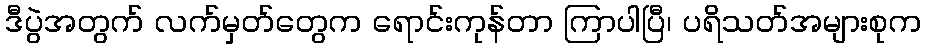
ဒီပွဲအတွက် လက်မှတ်တွေက ရောင်းကုန်တာ ကြာပါပြီ၊ ပရိသတ်အများစုက